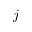
j